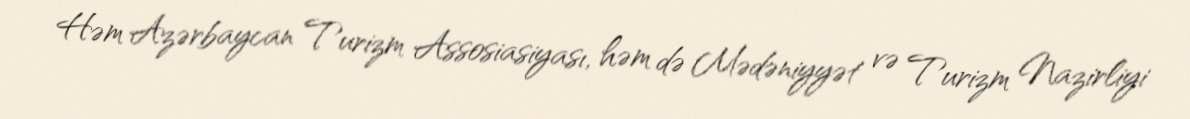
Həm Azərbaycan Turizm Assosiasiyası, həm də Mədəniyyət və Turizm Nazirliyi